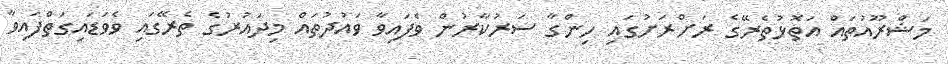
މަޝްރޫއުތައް އަތޮޅުތެރޭގެ ރަށްރަށުގައި ހިންގާ ސަރުކާރުން ވެފައިވާ ވައުދުތައް މިދައުރުގެ ތެރޭގައި ވެވަޑައިގަތްފައިވާ